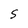
Character: S